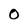
Character: 0